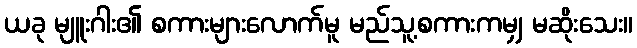
ယခု မျူးဂါး၏ စကားများလောက်မူ မည်သူ့စကားကမျှ မဆိုးသေး။